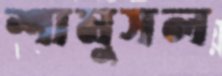
শামুসল